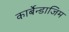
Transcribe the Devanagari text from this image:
कार्बेन्डाजिम